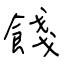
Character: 餞